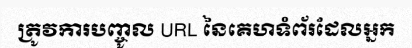
ត្រូវការបញ្ចូល URL នៃគេហទំព័រដែលអ្នក